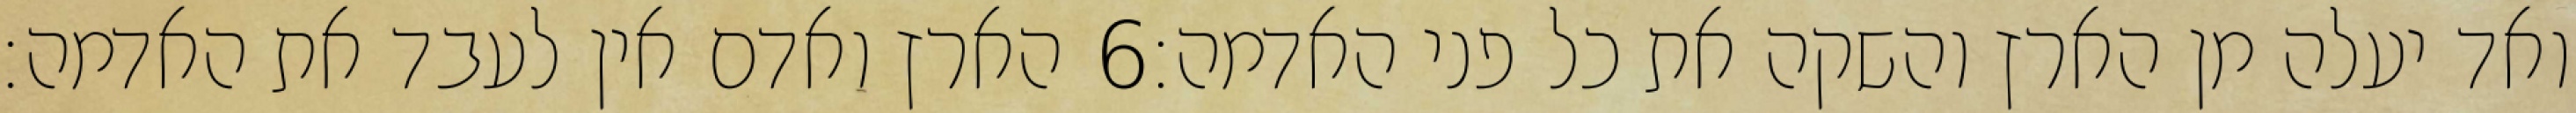
הארץ ואדם אין לעבד את האדמה׃ ‎6‏ ואד יעלה מן הארץ והשקה את כל פני האדמה׃